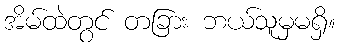
အိမ်ထဲတွင် တခြား ဘယ်သူမှမရှိ။